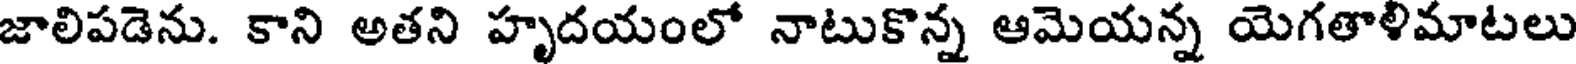
జాలిపడెను. కాని అతని హృదయంలో నాటుకొన్న ఆమెయన్న యెగతాళిమాటలు